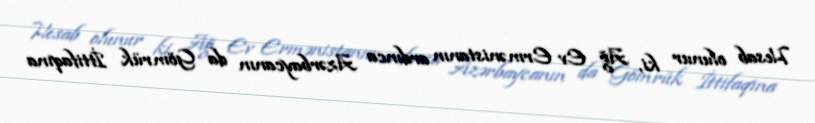
Hesab olunur ki, Ağ Ev Ermənistanın ardınca Azərbaycanın da Gömrük İttifaqına